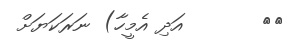
١١       އަދި އެމީހާ) ނަރަކަޔަށް